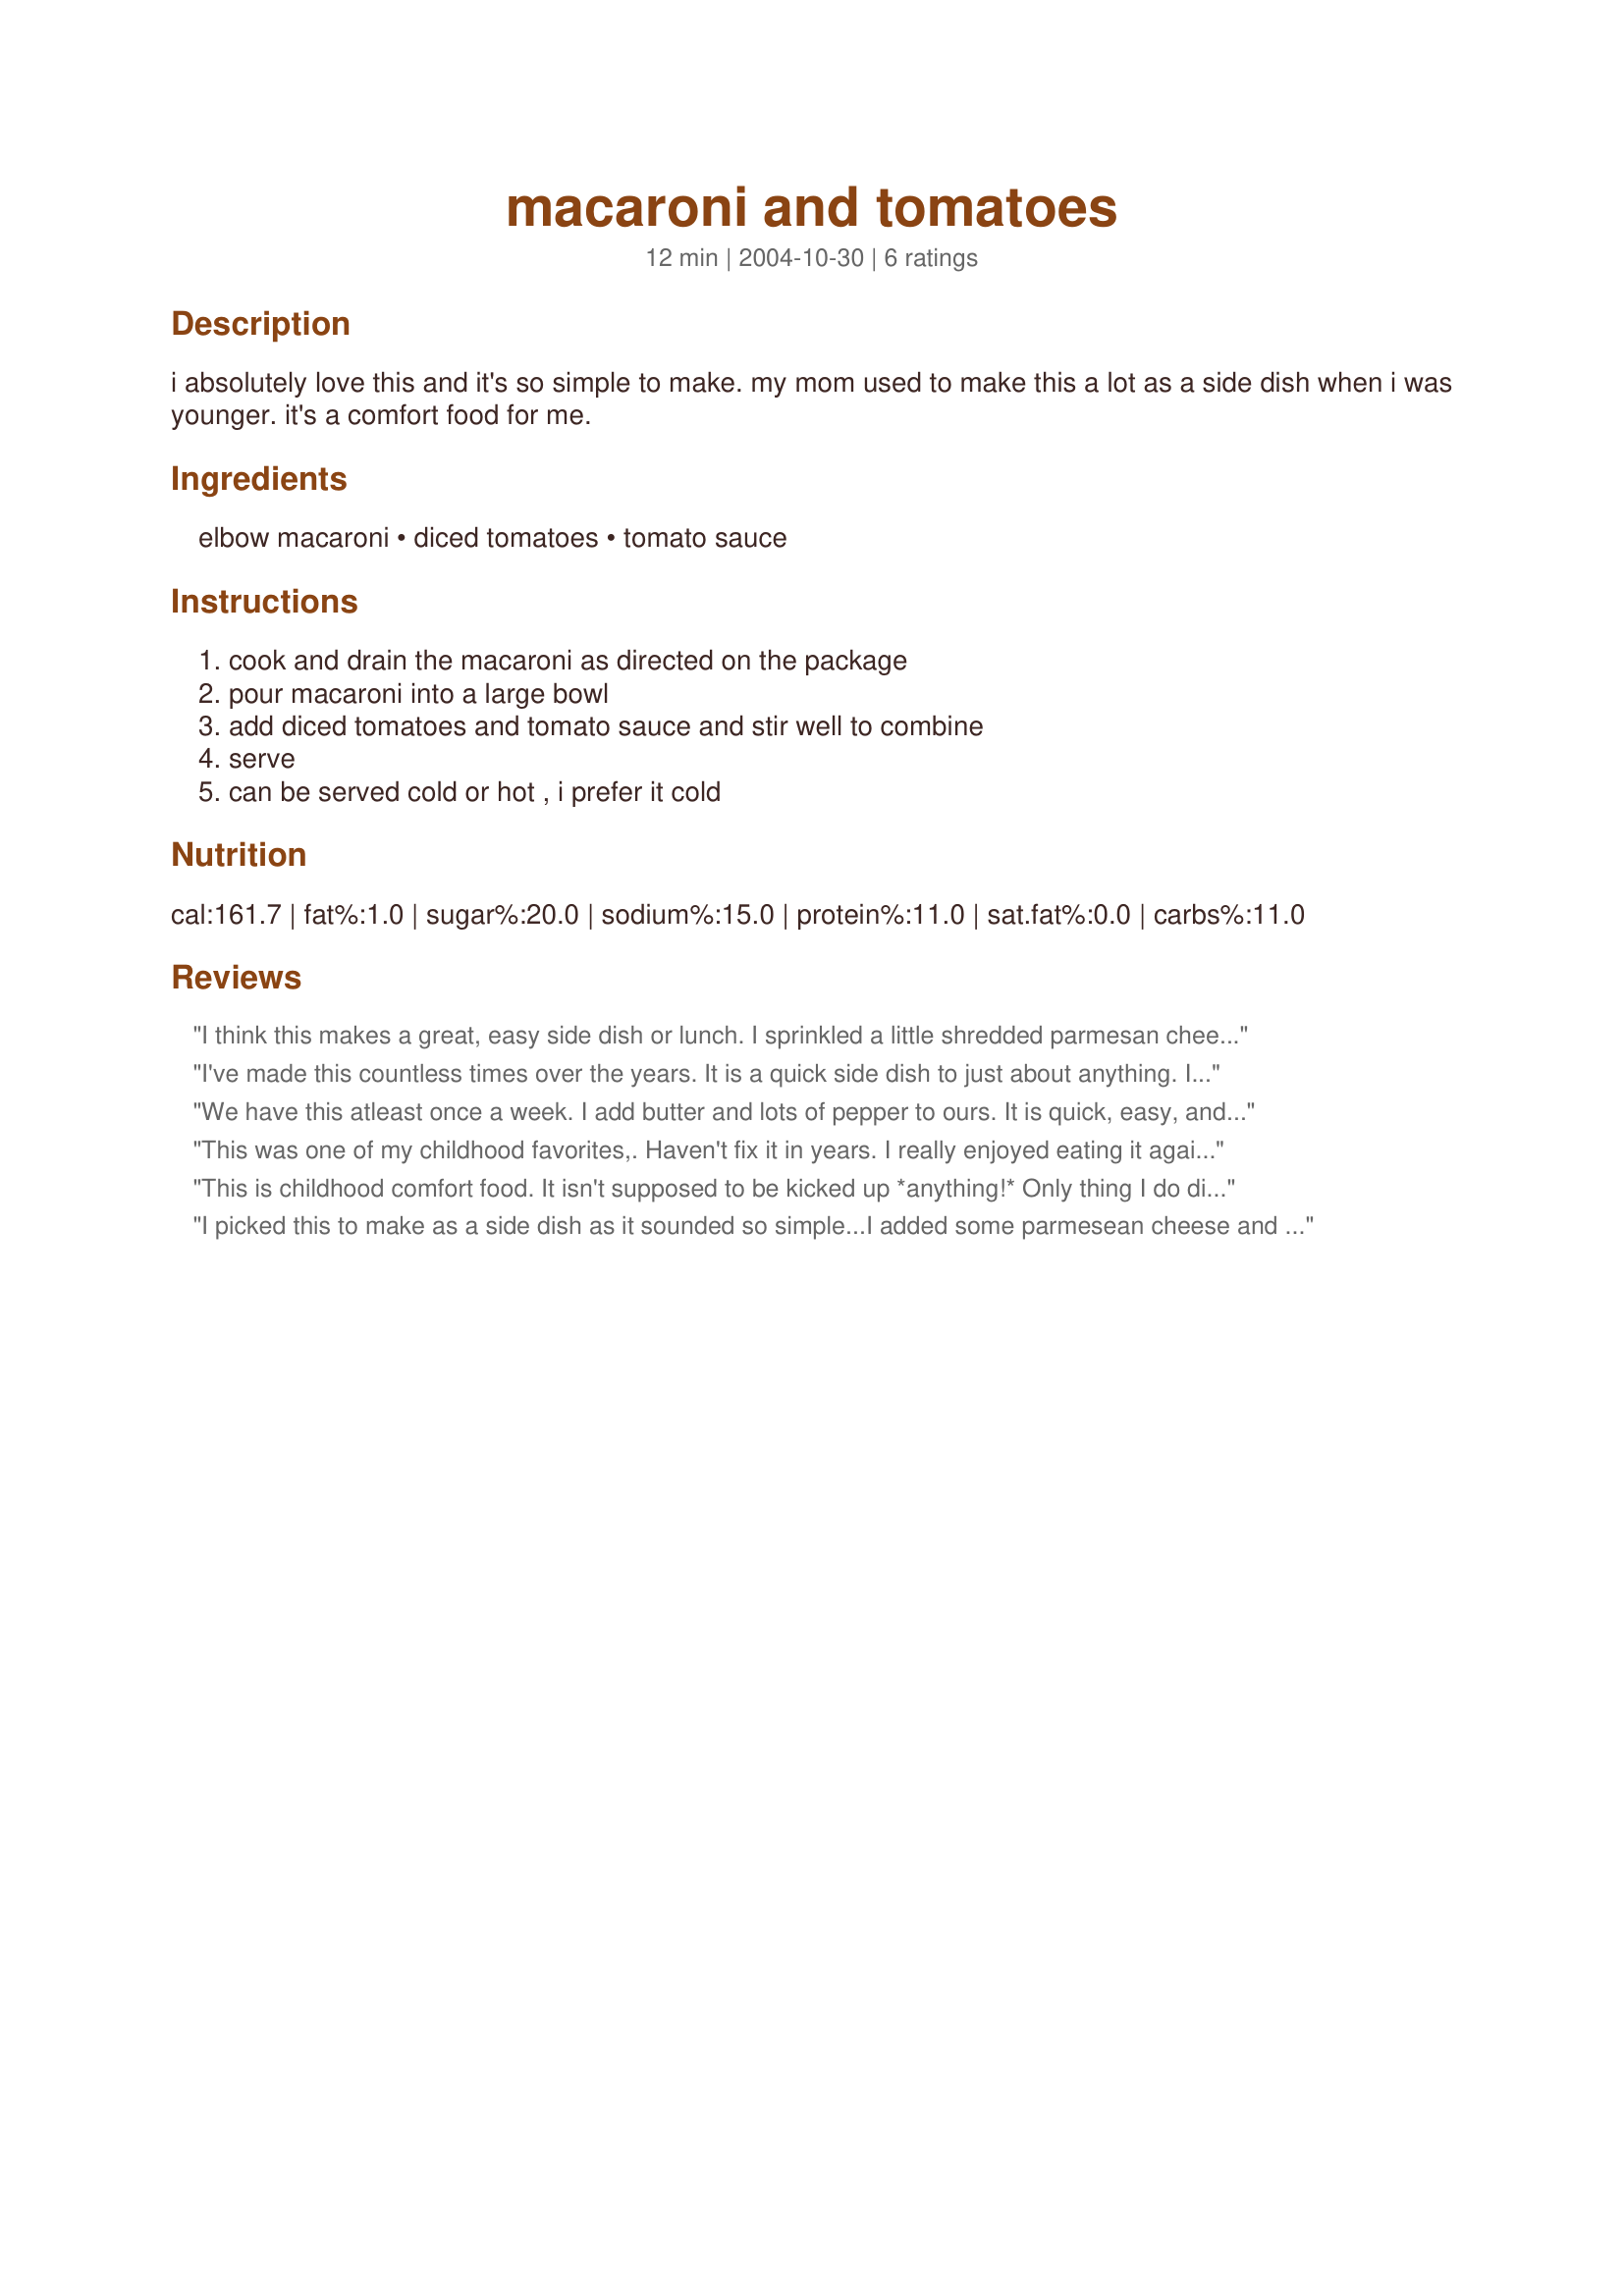
macaroni and tomatoes
Preparation time: 12 minutes

i absolutely love this and it's so simple to make. my mom used to make this a lot as a side dish when i was younger. it's a comfort food for me.

Ingredients:
elbow macaroni, diced tomatoes, tomato sauce

Steps:
cook and drain the macaroni as directed on the package, pour macaroni into a large bowl, add diced tomatoes and tomato sauce and stir well to combine, serve, can be served cold or hot , i prefer it cold

Reviews:
I think this makes a great, easy side dish or lunch. I sprinkled a little shredded parmesan cheese on the top. Fantastic and simple. I'll make this again. Thanx for sharing it.
I've made this countless times over the years. It is a quick side dish to just about anything. Instead of using tomato sauce, though, I have always used a can of tomato soup (undiluted). I really like the flavor of the soup addition.
We have this atleast once a week. I add butter and lots of pepper to ours. It is quick, easy, and everyone likes it. My toddler asks for it...lol. Thanks for posting.
This was one of my childhood favorites,. Haven't fix it in years.
I really enjoyed eating it again.

Thanks Shellbelle. 

Bullwinkle
This is childhood comfort food. It isn't supposed to be kicked up *anything!* Only thing I do differently is to add some butter. This *isn't* pasta a la something!!!
I picked this to make as a side dish as it sounded so simple...I added some parmesean cheese and italian spices as I thought it did not have much taste...but a good quick side
